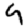
Digit: 9